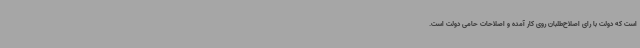
است که دولت با رای اصلاح‌طلبان روی کار آمده و اصلاحات حامی دولت است.